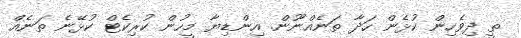
ތީ ދިވެހިން ކުޅެން ހަދާ ތަނެއްނޫން. އިންޑިޔާ މީހުން ކުރިކެޓް ކުޅޭނެ ތަނެއް